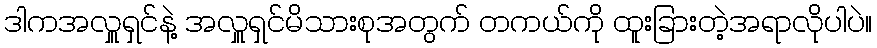
ဒါကအလှူရှင်နဲ့ အလှူရှင်မိသားစုအတွက် တကယ်ကို ထူးခြားတဲ့အရာလိုပါပဲ။